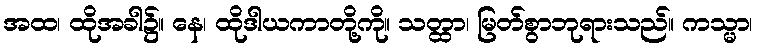
အထ၊ ထိုအခါ၌။ နေ၊ ထိုဒါယကာတို့ကို။ သတ္ထာ၊ မြတ်စွာဘုရားသည်။ ကသ္မာ၊